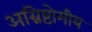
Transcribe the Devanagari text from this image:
अग्निष्टोमीय